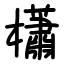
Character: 櫹